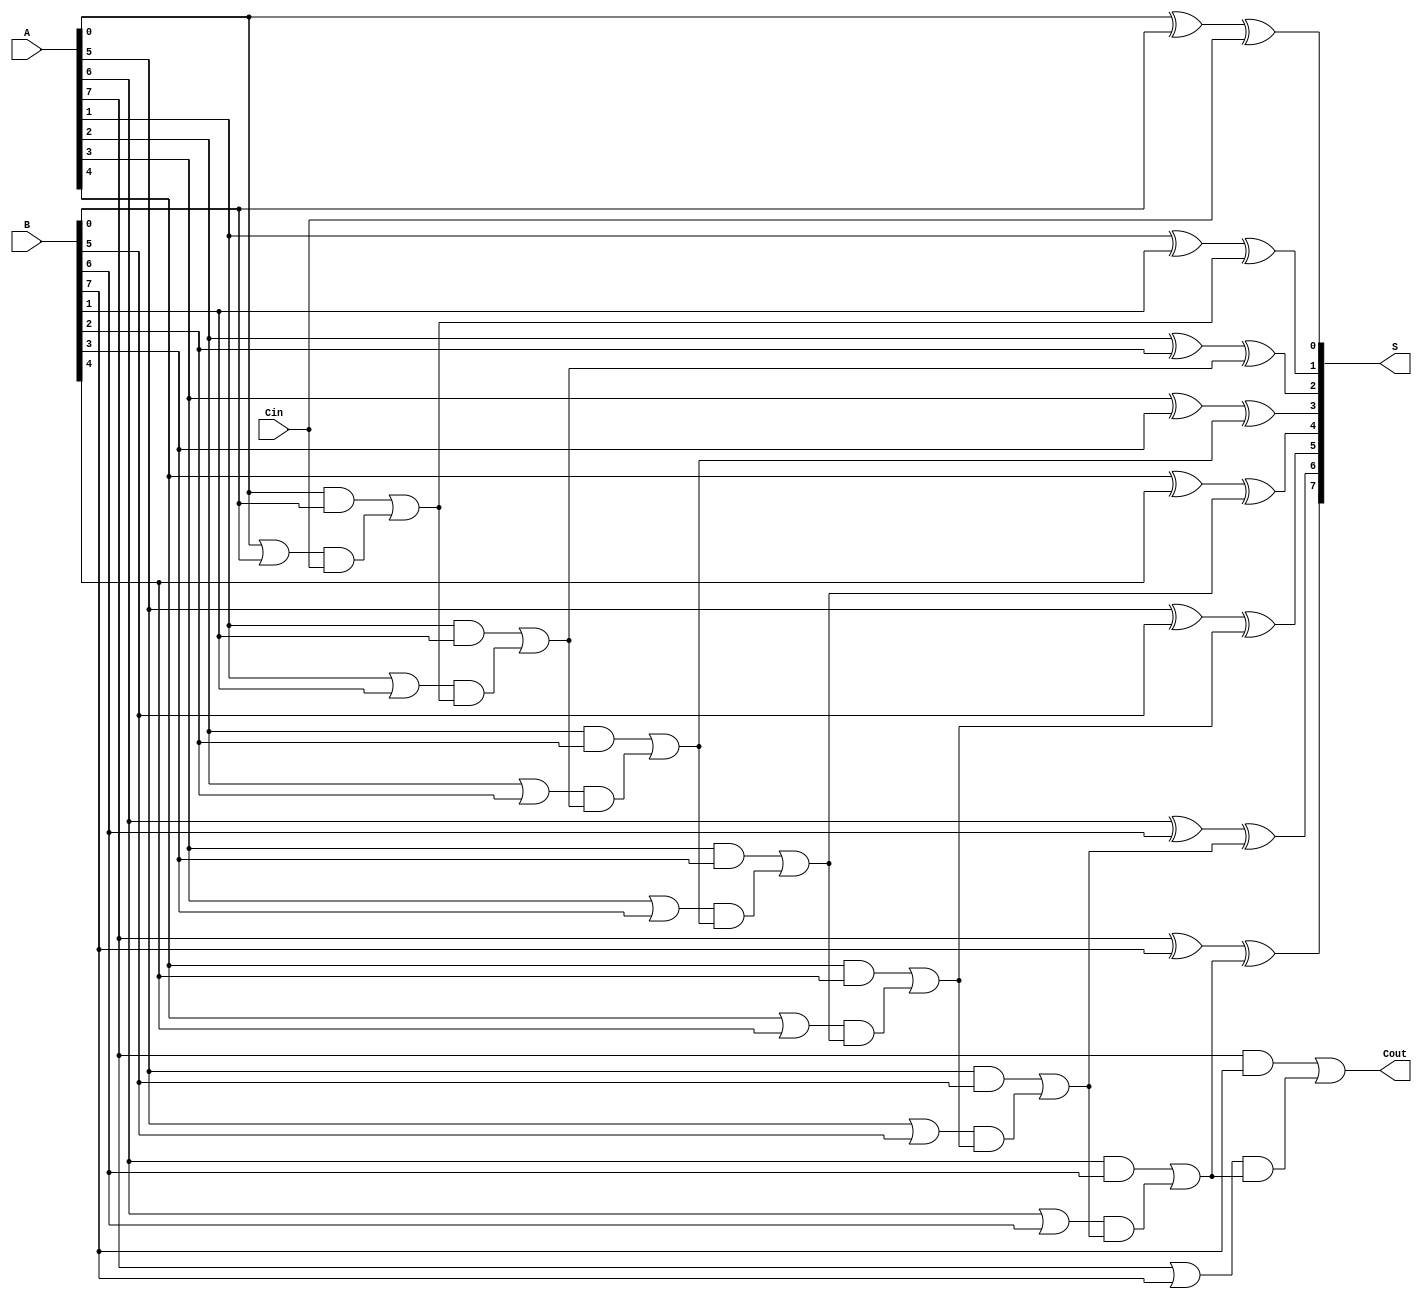
module ManchesterCarryChainAdder #(
    parameter N = 8  // Parameter for the bit-width of the adder
)(
    input  [N-1:0] A,     // First n-bit input
    input  [N-1:0] B,     // Second n-bit input
    input         Cin,     // Carry-in signal
    output [N-1:0] S,     // n-bit sum output
    output        Cout     // Carry-out signal
);

    wire [N:0] C;         // Carry signals (C[0] = Cin, C[N] = Cout)
    wire [N-1:0] G;       // Generate signals
    wire [N-1:0] P;       // Propagate signals

    // Generate and propagate logic
    genvar i;
    generate
        for (i = 0; i < N; i = i + 1) begin : carry_logic
            assign G[i] = A[i] & B[i];          // Generate
            assign P[i] = A[i] | B[i];          // Propagate
        end
    endgenerate

    // Carry chain logic
    assign C[0] = Cin;  // Initial carry-in
    generate
        for (i = 0; i < N; i = i + 1) begin : carry_chain
            assign C[i+1] = G[i] | (P[i] & C[i]); // Carry-out for each bit
        end
    endgenerate

    // Sum calculation
    generate
        for (i = 0; i < N; i = i + 1) begin : sum_logic
            assign S[i] = A[i] ^ B[i] ^ C[i]; // Sum for each bit
        end
    endgenerate

    // Final carry-out
    assign Cout = C[N]; // Carry-out from the last bit

endmodule